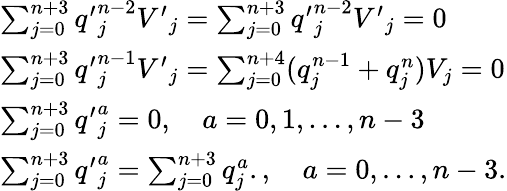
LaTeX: \begin{array}{lcr}{{\sum_{j=0}^{n+3}{q^{\prime}}_{j}^{n-2}{V^{\prime}}_{j}=\sum_{j=0}^{n+3}{q^{\prime}}_{j}^{n-2}{V^{\prime}}_{j}=0}}\\ {{\sum_{j=0}^{n+3}{q^{\prime}}_{j}^{n-1}{V^{\prime}}_{j}=\sum_{j=0}^{n+4}(q_{j}^{n-1}+q_{j}^{n})V_{j}=0}}\\ {{\sum_{j=0}^{n+3}{q^{\prime}}_{j}^{a}=0,\quad a=0,1,\ldots,n-3}}\\ {{\sum_{j=0}^{n+3}{q^{\prime}}_{j}^{a}=\sum_{j=0}^{n+3}q_{j}^{a}.,\quad a=0,\ldots,n-3.}}\end{array}